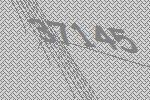
37145